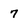
Character: 7